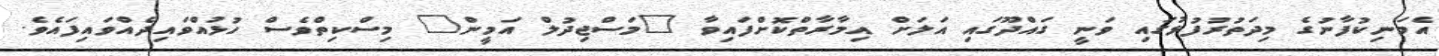
އެމަނިކުފާނުގެ މިދަތުރުފުޅުގައި ވަނީ ގައްދޫގައި އަލަށް އިމާރާތްކޮށްފައިވާ "މަސްޖިދުލް އަމީން" މިސްކިތްވެސް ހުޅުއްވައިދެއްވައިފައެވެ.